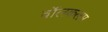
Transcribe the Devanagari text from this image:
वॉलकलम